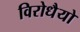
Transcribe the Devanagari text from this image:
विरोधैयो